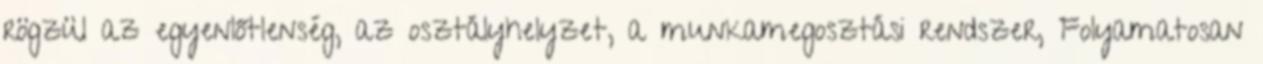
rögzül az egyenlőtlenség, az osztályhelyzet, a munkamegosztási rendszer, Folyamatosan